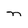
Character: n